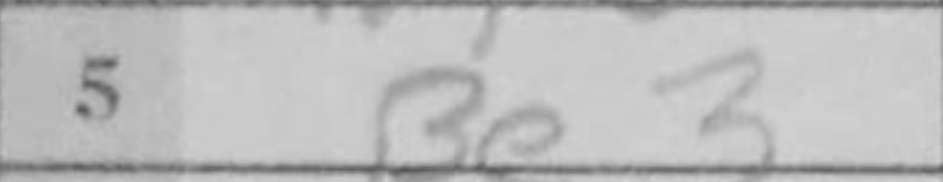
Transcription: Be3